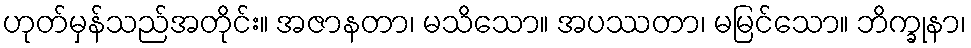
ဟုတ်မှန်သည်အတိုင်း။ အဇာနတာ၊ မသိသော။ အပဿတာ၊ မမြင်သော။ ဘိက္ခုနာ၊